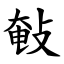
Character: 㪑